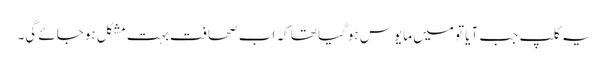
یہ کلپ جب آیا تو میں مایوس ہوگیا تھا کہ اب صحافت بہت مشکل ہوجائے گی۔